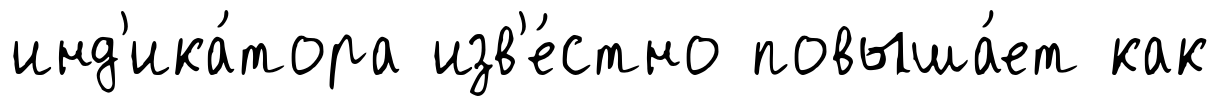
инд'ика́тора изв'е́стно повыша́ет как